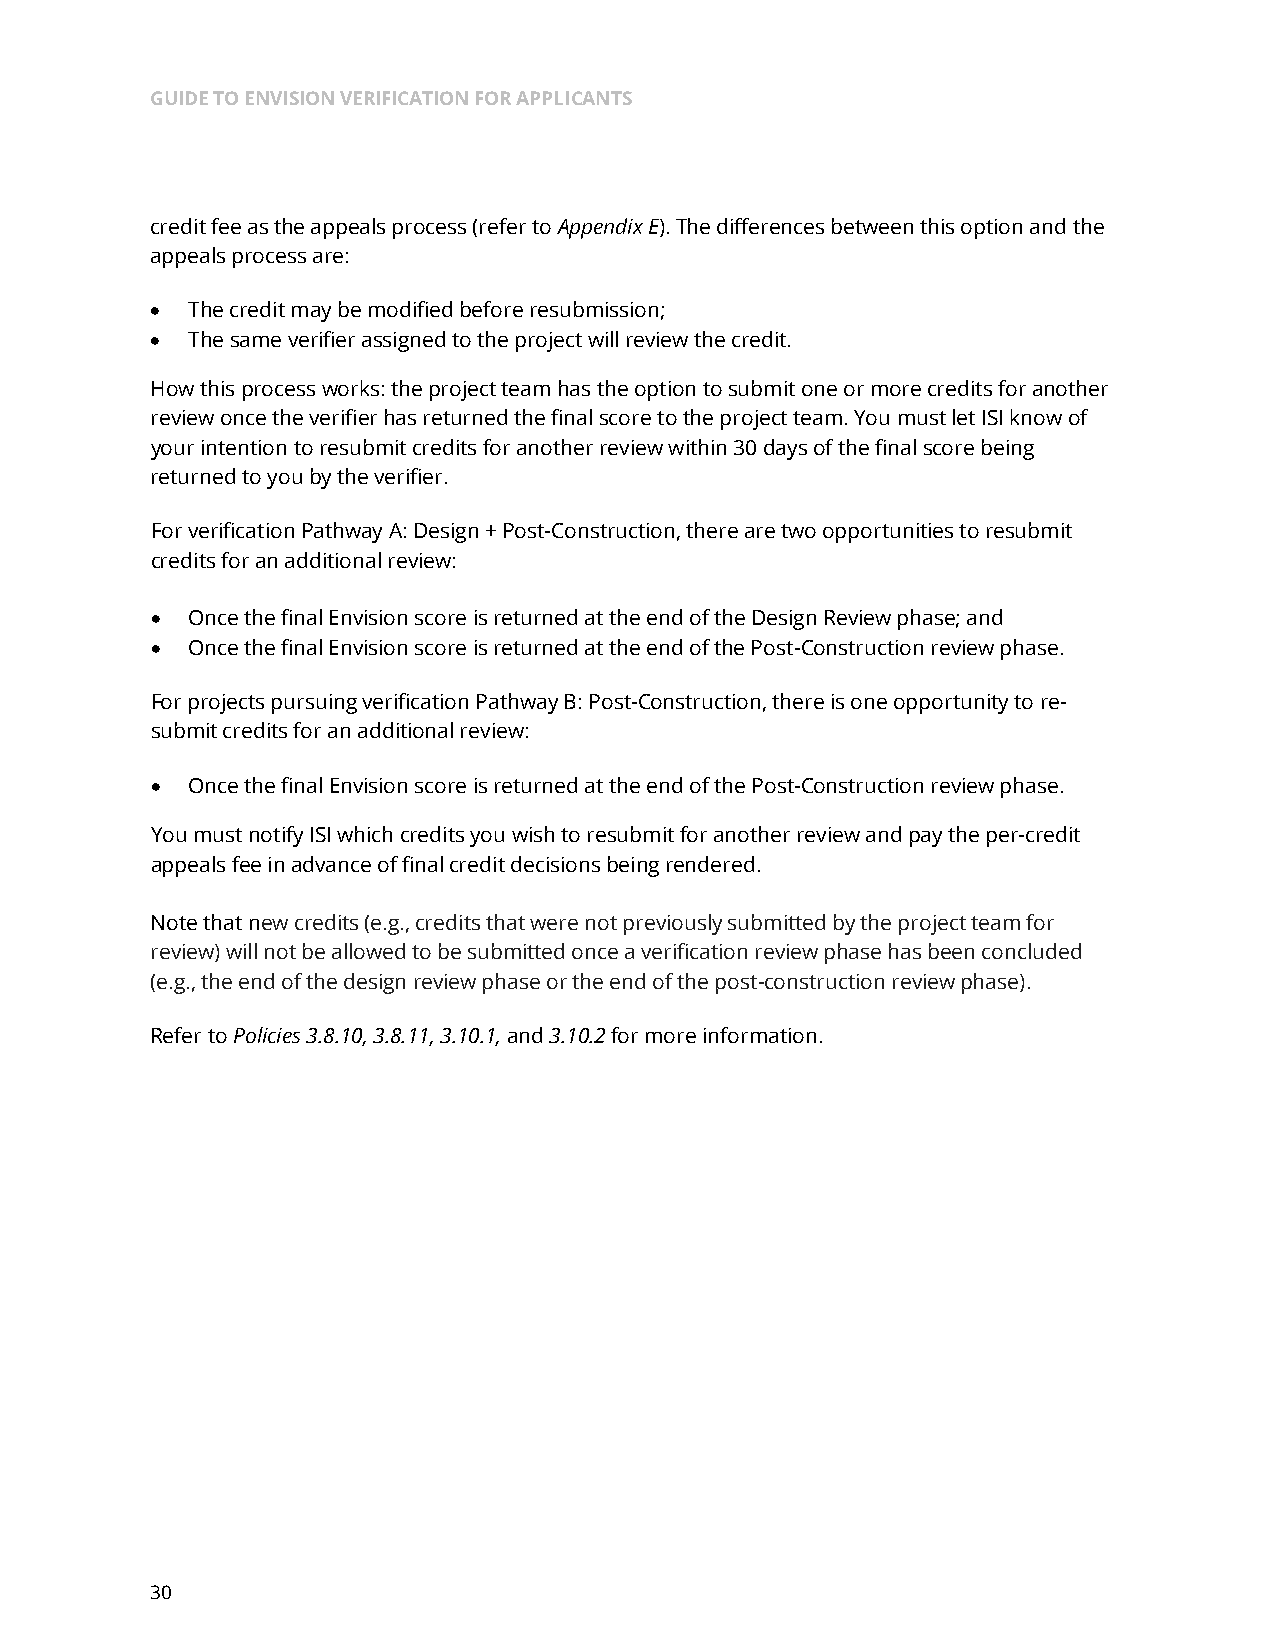
GUIDE TO ENVISION VERIFICATION FOR APPLICANTS
 credit fee as the appeals process (refer to Appendix E). The differences between this option and the
 appeals process are:
 • The credit may be modified before resubmission;
 • The same verifier assigned to the project will review the credit.
 How this process works: the project team has the option to submit one or more credits for another
 review once the verifier has returned the final score to the project team. You must let ISI know of
 your intention to resubmit credits for another review within 30 days of the final score being
 returned to you by the verifier.
 For verification Pathway A: Design + Post-Construction, there are two opportunities to resubmit
 credits for an additional review:
 • Once the final Envision score is returned at the end of the Design Review phase; and
 • Once the final Envision score is returned at the end of the Post-Construction review phase.
 For projects pursuing verification Pathway B: Post-Construction, there is one opportunity to re-
 submit credits for an additional review:
 • Once the final Envision score is returned at the end of the Post-Construction review phase.
 You must notify ISI which credits you wish to resubmit for another review and pay the per-credit
 appeals fee in advance of final credit decisions being rendered.
 Note that new credits (e.g., credits that were not previously submitted by the project team for
 review) will not be allowed to be submitted once a verification review phase has been concluded
 (e.g., the end of the design review phase or the end of the post-construction review phase).
 Refer to Policies 3.8.10, 3.8.11, 3.10.1, and 3.10.2 for more information.
 30